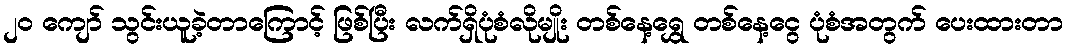
၂၀ ကျော် သွင်းယူခဲ့တာကြောင့် ဖြစ်ပြီး လက်ရှိပုံစံလိုမျိုး တစ်နေ့ရွှေ တစ်နေ့ငွေ ပုံစံအတွက် ပေးထားတာ